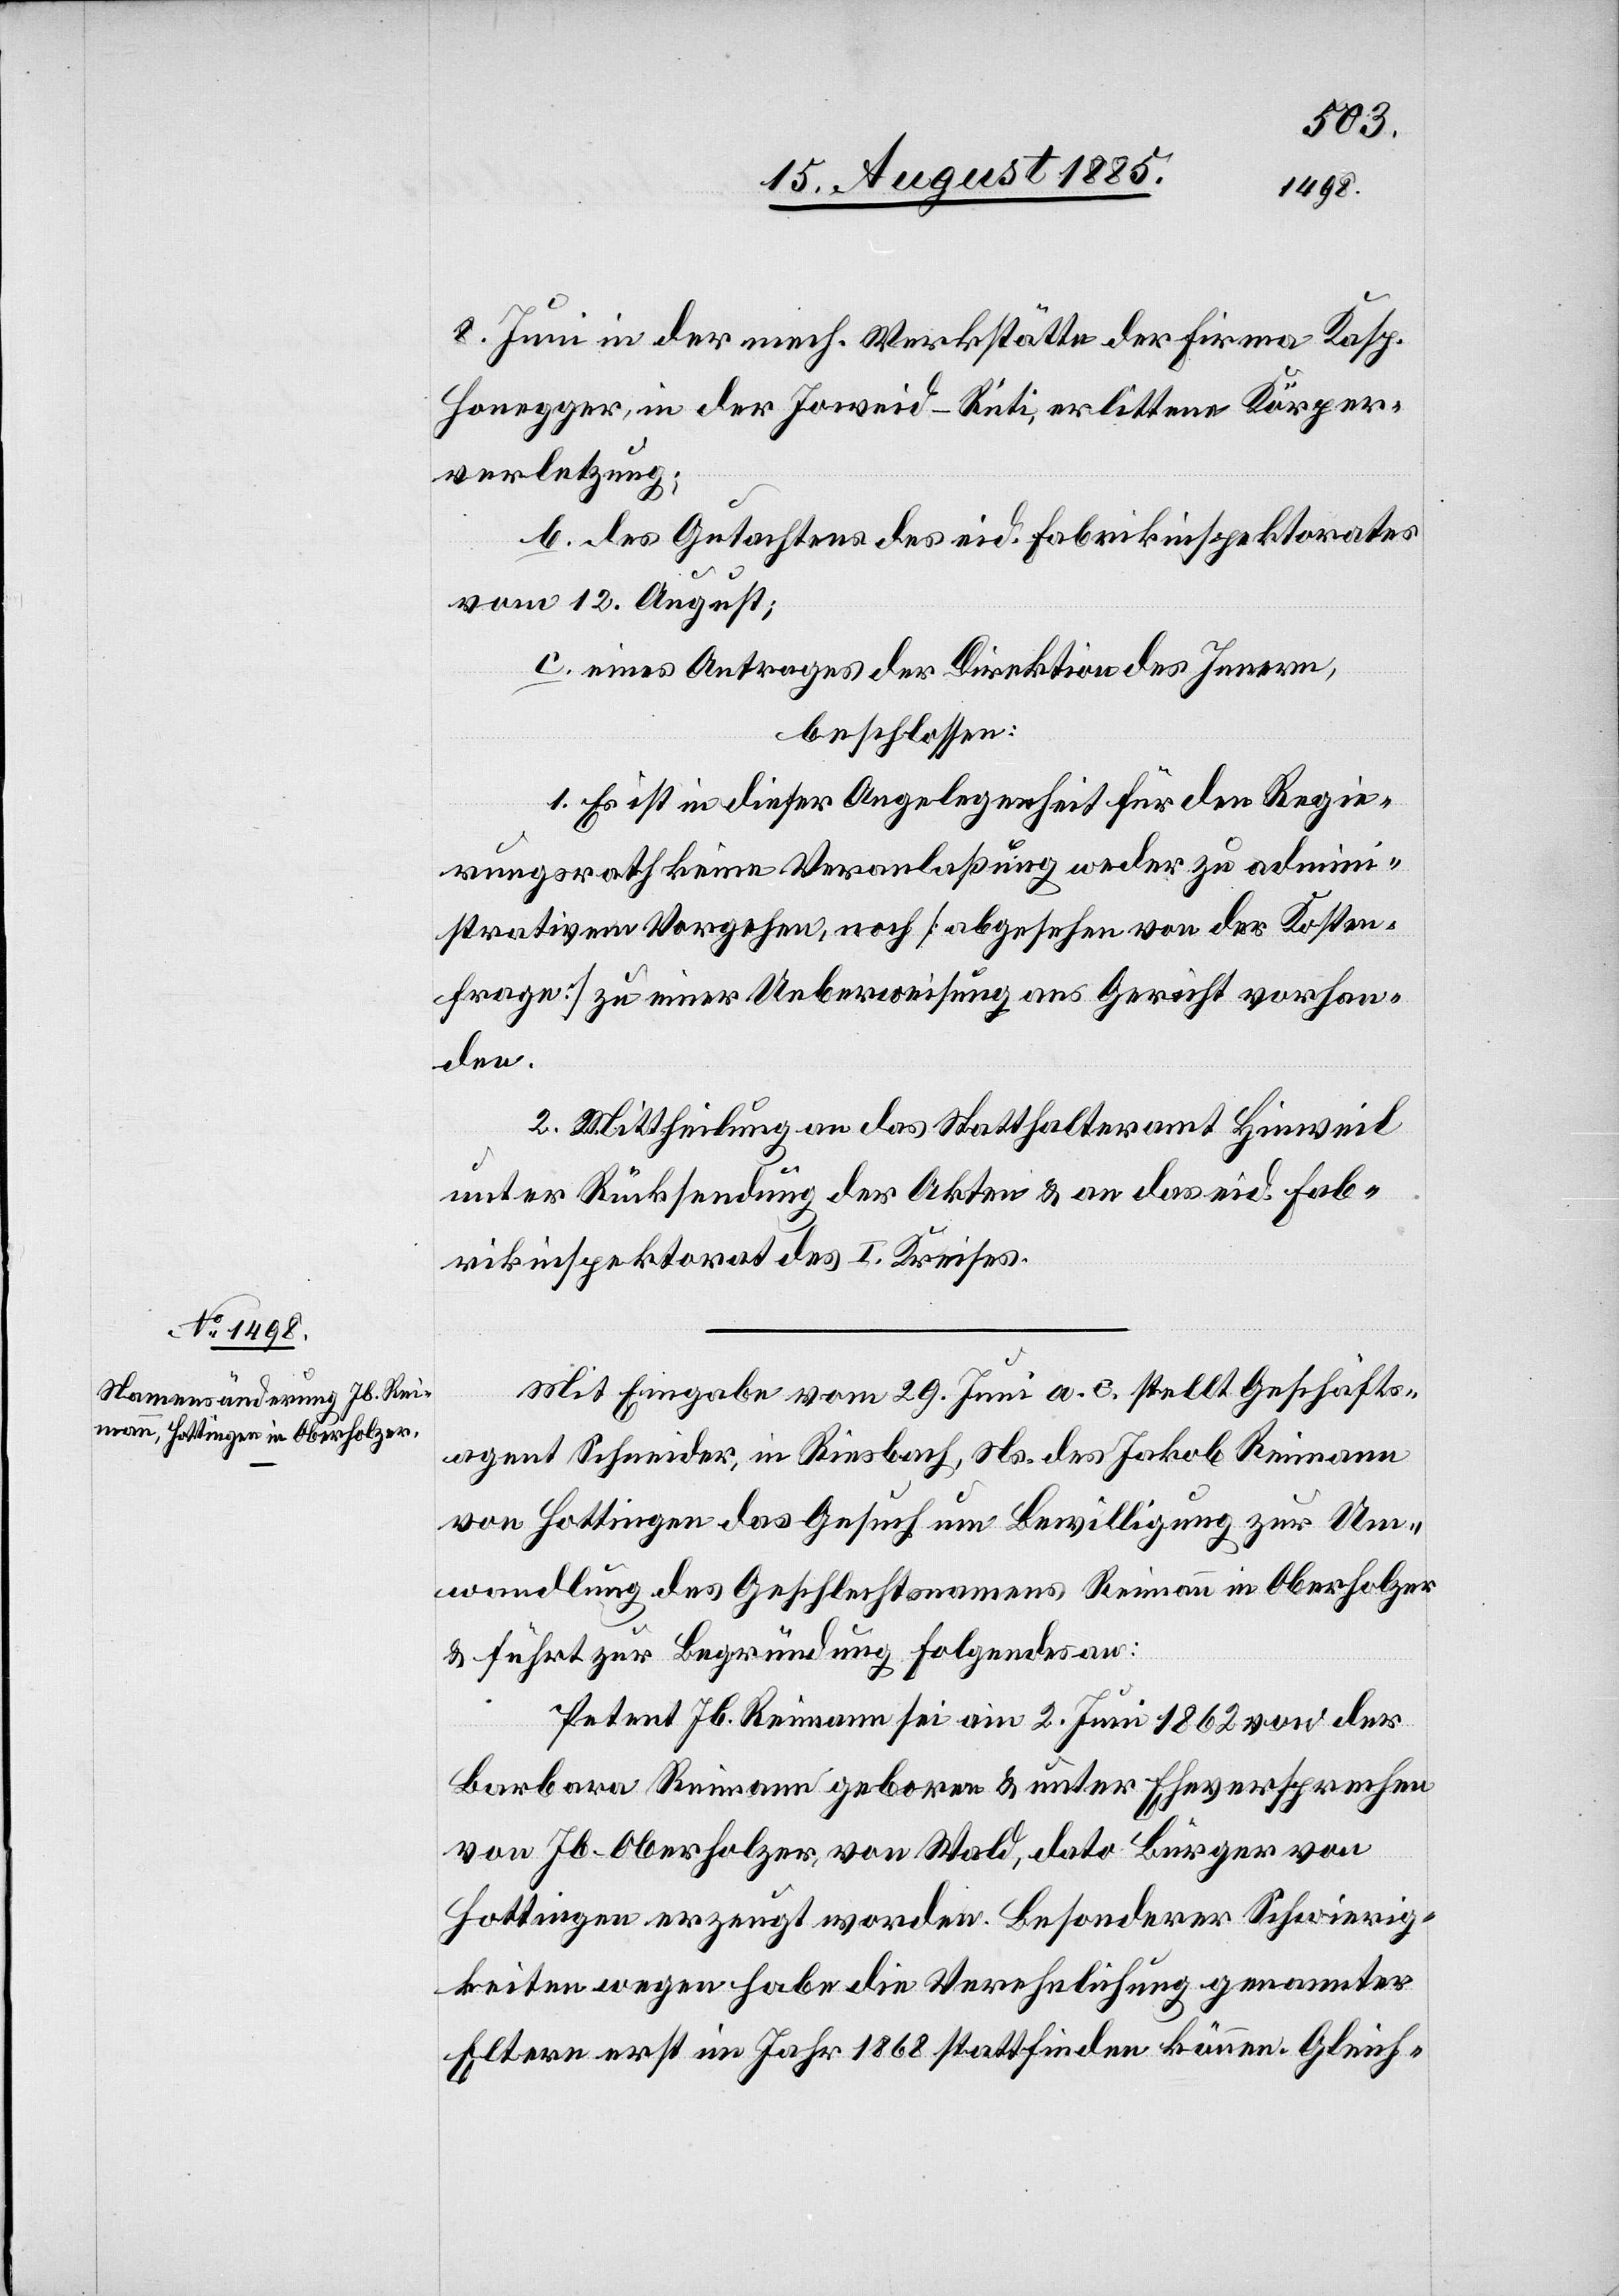
8. Juni in der mech. Werkstätte der Firma Kasp.
Honegger, in der Joweid - Rüti, erlittenen Körper¬
verletzung;
b. des Gutachtens des eid. Fabrikinspektorates
vom 12. August;
c. eines Antrages der Direktion des Innern,
beschlossen:
1. Es ist in dieser Angelegenheit für den Regie¬
rungsrath keine Veranlaßung weder zu admini¬
strativem Vorgehen, noch [abgesehen von der Kosten¬
frage] zu einer Ueberweisung ans Gericht vorhan¬
den.
2. Mittheilung an das Statthalteramt Hinweil
unter Rücksendung der Akten & an das eid. Fab¬
rikinspektorat des I. Kreises.
Mit Eingabe vom 29. Juni a. c. stellt Geschäfts¬
agent Schneider, in Riesbach, Ns. des Jakob Reimann
von Hottingen das Gesuch um Bewilligung zur Um¬
wandlung des Geschlechtsnamens Reimann in Oberholzer
& führt zur Begründung Folgendes an:
Petent Jb. Reimann sei am 2. Juni 1862 von der
Barbara Reimann geboren & unter Eheversprechen
von Jb. Oberholzer, von Wald, dato Bürger von
Hottingen erzeugt worden. Besonderer Schwierig¬
keiten wegen habe die Verehelichung genannter
Eltern erst im Jahr 1868 stattfinden können. Gleich-